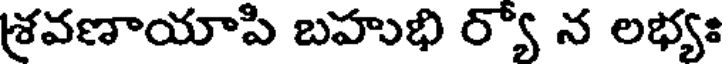
శ్రవణాయాపి బహుభి ర్యో న లభ్యః